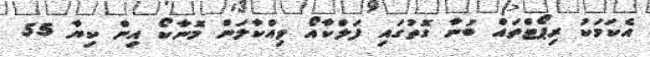
އެކަމަކު ރިޕޯޓްތައް ބުނާ ގޮތުގައި ފަލްކާއޯ ވިއްކާލަން މޮނާކޯ އިން ކިޔާ 55